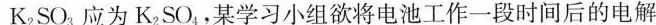
K_{2}SO_{3}应为K_{2}SO_{4}，某学习小组欲将电池工作一段时间后的电解